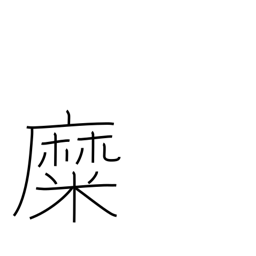
Meaning: be inflamed